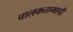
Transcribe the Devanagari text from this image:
चालकतामापी